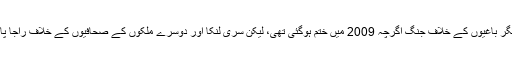
تنظیم نے کہا ہے کہ تامل ٹائیگر باغیوں کے خلاف جنگ اگرچہ 2009 میں ختم ہوگئى تھی، لیکن سری لنکا اور دوسرے ملکوں کے صحافیوں کے خلاف راجا پاکسے کے حملے جاری رہے۔